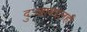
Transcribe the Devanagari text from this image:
दुःखाबद्दलही